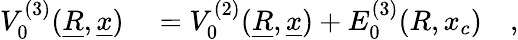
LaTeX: \begin{array}{rl}{V_{0}^{(3)}(\underline{{R}},\underline{{x}})}&{{}=V_{0}^{(2)}(\underline{{R}},\underline{{x}})+E_{0}^{(3)}(R,x_{c})\quad,}\end{array}